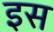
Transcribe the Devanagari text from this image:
इस